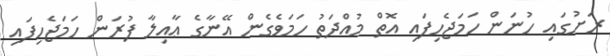
ރަށުގައި ހުނަން ހަމަޖެހިފައި އޮތް މުއްދަތު ހަމަވެގެން އޭނާގެ ޢާއިލާ ފުރަން ހަމަޖެހިފައި